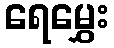
ရေမွှေး